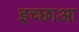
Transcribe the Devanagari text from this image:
इच्छाआ